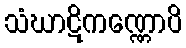
သံဃာဋိကဏ္ဏောပိ